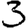
Digit: 3